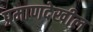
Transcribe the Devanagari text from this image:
प्रमाणदेखील